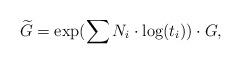
LaTeX: \begin{align*}\widetilde{G}=\exp (\sum N_i \cdot \log (t_i ))\cdot G,\end{align*}